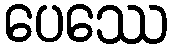
ပေဿေ